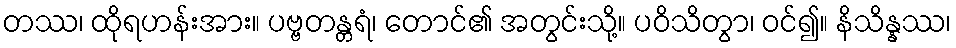
တဿ၊ ထိုရဟန်းအား။ ပဗ္ဗတန္တရံ၊ တောင်၏ အတွင်းသို့။ ပဝိသိတွာ၊ ဝင်၍။ နိသိန္နဿ၊